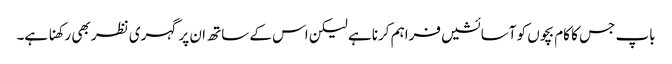
باپ جس کا کام بچوں کو آسائشیں فراہم کرنا ہے لیکن اس کے ساتھ ان پر گہری نظر بھی رکھنا ہے۔